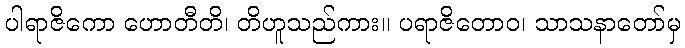
ပါရာဇိကော ဟောတီတိ၊ တိဟူသည်ကား။ ပရာဇိတောဝ၊ သာသနာတော်မှ